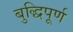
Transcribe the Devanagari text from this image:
बुद्धिपूर्ण